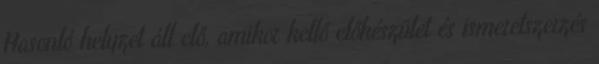
Hasonló helyzet áll elő, amikor kellő előkészület és ismeretszerzés